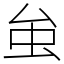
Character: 𧈧